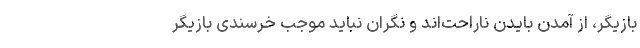
بازیگر، از آمدن بایدن ناراحت‌اند و نگران نباید موجب خرسندی بازیگر